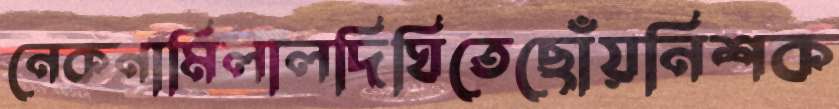
নেকনামিলালদিঘিতেছোঁয়নিশক